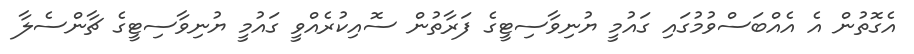
އެގޮތުން އެ އެއްބަސްވުމުގައި ގައުމީ ޔުނިވާސިޓީގެ ފަރާތުން ސޮއިކުރެއްވީ ގައުމީ ޔުނިވާސިޓީގެ ޗާންސެލާ